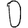
Digit: 0